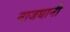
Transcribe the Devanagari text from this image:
नाजधानी